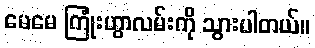
မေမေ ကြုံးဟွာလမ်းကို သွားပါတယ်။